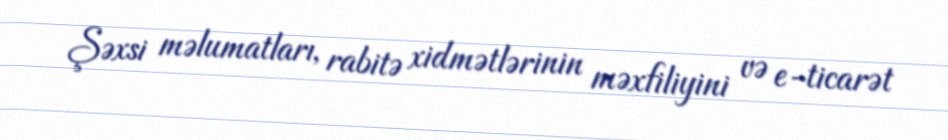
Şəxsi məlumatları, rabitə xidmətlərinin məxfiliyini və e-ticarət